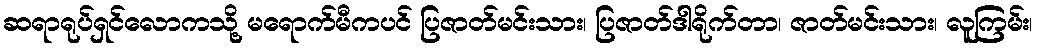
ဆရာရုပ်ရှင်လောကသို့ မရောက်မီကပင် ပြဇာတ်မင်းသား၊ ပြဇာတ်ဒါရိုက်တာ၊ ဇာတ်မင်းသား၊ လူကြမ်း၊